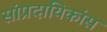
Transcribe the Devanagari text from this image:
सांप्रदायिकांस